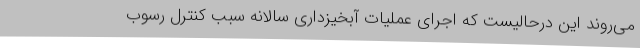
می‌روند این درحالیست که اجرای عملیات آبخیزداری سالانه سبب کنترل رسوب